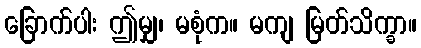
ခြောက်ပါး ဤမျှ၊ မစုံက။ မကျ မြတ်သိက္ခာ။